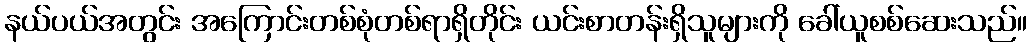
နယ်ပယ်အတွင်း အကြောင်းတစ်စုံတစ်ရာရှိတိုင်း ယင်းစာတန်းရှိသူများကို ခေါ်ယူစစ်ဆေးသည်။